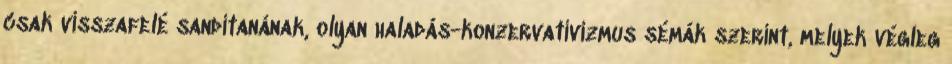
csak visszafelé sandítanának, olyan haladás-konzervativizmus sémák szerint, melyek végleg